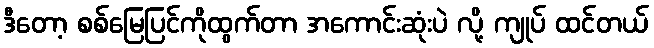
ဒီတော့ စစ်မြေပြင်ကိုထွက်တာ အကောင်းဆုံးပဲ လို့ ကျုပ် ထင်တယ်